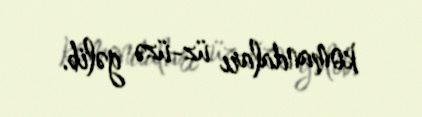
komandaları üz-üzə gəlib.